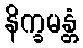
နိက္ခမန္တံ